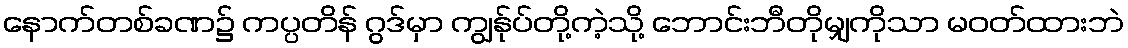
နောက်တစ်ခဏ၌ ကပ္ပတိန် ဂွဒ်မှာ ကျွန်ုပ်တို့ကဲ့သို့ ဘောင်းဘီတိုမျှကိုသာ မဝတ်ထားဘဲ